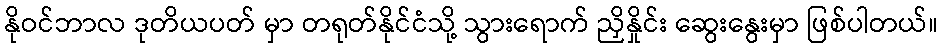
နိုဝင်ဘာလ ဒုတိယပတ် မှာ တရုတ်နိုင်ငံသို့ သွားရောက် ညှိနှိုင်း ဆွေးနွေးမှာ ဖြစ်ပါတယ်။